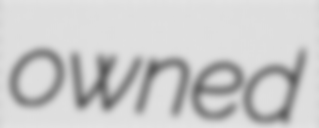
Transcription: owned